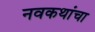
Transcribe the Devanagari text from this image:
नवकथांचा